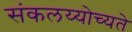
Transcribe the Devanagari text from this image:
संकलय्योच्यते